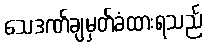
သေဒဏ်ချမှတ်ခံထားရသည်